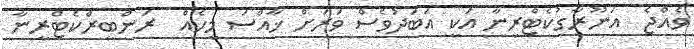
ވެއްޖެ  އަނޫރާގުކެޓްރީނާ އަކީ އަބަދުވެސް ވަރަށް ޚާއްސަ މީހެއް  ރަންބީރްކެޓްރީނާ